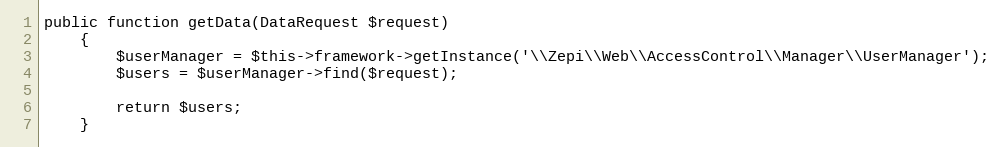
Language: PHP
public function getData(DataRequest $request)
    {
        $userManager = $this->framework->getInstance('\\Zepi\\Web\\AccessControl\\Manager\\UserManager');
        $users = $userManager->find($request);

        return $users;
    }